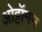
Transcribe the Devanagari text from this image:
ओट्टॉमन